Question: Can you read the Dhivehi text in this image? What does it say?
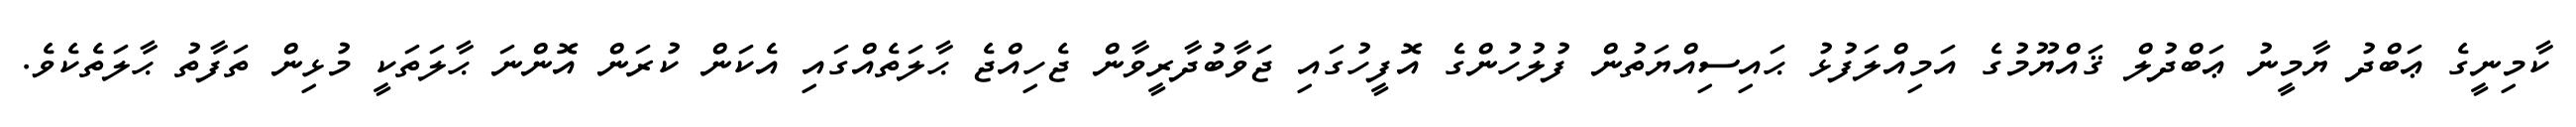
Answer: ކާމިނީގެ ޢަބްދު ޔާމީނު ޢަބްދުލް ޤައްޔޫމުގެ އަމިއްލަފުޅު ޙައިސިއްޔަތުން ފުލުހުންގެ އޮފީހުގައި ޖަވާބުދާރީވާން ޖެހިއްޖެ ޙާލަތެއްގައި އެކަން ކުރަން އޮންނަ ޙާލަތަކީ މުޅިން ތަފާތު ޙާލަތެކެވެ.